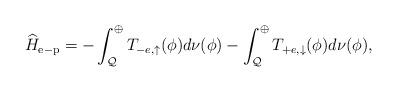
LaTeX: \begin{align*}\widehat{H}_{\mathrm{e-p}}=-\int_{\mathcal{Q}}^{\oplus} T_{-e, \uparrow}(\phi)d\nu(\phi)-\int_{\mathcal{Q}}^{\oplus} T_{+e, \downarrow}(\phi)d\nu(\phi),\end{align*}